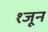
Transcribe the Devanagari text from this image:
१जून